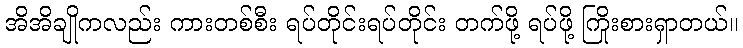
အိအိချိုကလည်း ကားတစ်စီး ရပ်တိုင်းရပ်တိုင်း တက်ဖို့ ရပ်ဖို့ ကြိုးစားရှာတယ်။